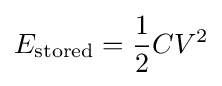
E_{\mathrm {stored} }={\frac {1}{2}}CV^{2}